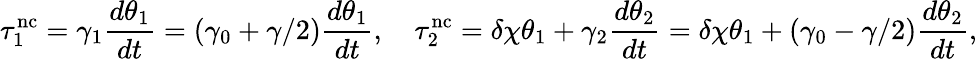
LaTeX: \tau_{1}^{\mathrm{nc}}=\gamma_{1}\frac{d\theta_{1}}{dt}=(\gamma_{0}+\gamma/2)\frac{d\theta_{1}}{dt},\quad\tau_{2}^{\mathrm{nc}}=\delta\chi\theta_{1}+\gamma_{2}\frac{d\theta_{2}}{dt}=\delta\chi\theta_{1}+(\gamma_{0}-\gamma/2)\frac{d\theta_{2}}{dt},